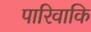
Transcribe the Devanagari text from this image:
पारिवाकि